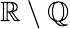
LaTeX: \mathbb{R}\setminus\mathbb{Q}